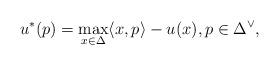
LaTeX: \begin{align*}u^*(p)= \max_{x\in \Delta} \langle x,p\rangle- u(x), p\in \Delta^\vee,\end{align*}